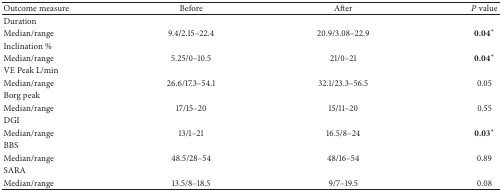
<table><thead><tr><td><b>Outcome measure</b></td><td><b>Before</b></td><td><b>After</b></td><td><b><i>P</i> value</b></td></tr></thead><tbody><tr><td>Duration</td><td> </td><td> </td><td> </td></tr><tr><td>Median/range</td><td>9.4/2.15–22.4</td><td>20.9/3.08–22.9</td><td><b>0.04</b><sup><i>∗</i></sup></td></tr><tr><td>Inclination %</td><td> </td><td> </td><td> </td></tr><tr><td>Median/range</td><td>5.25/0–10.5</td><td>21/0–21</td><td><b>0.04</b><sup><i>∗</i></sup></td></tr><tr><td>VE Peak L/min</td><td> </td><td> </td><td> </td></tr><tr><td>Median/range</td><td>26.6/17.3–54.1</td><td>32.1/23.3–56.5</td><td>0.05</td></tr><tr><td>Borg peak</td><td> </td><td> </td><td> </td></tr><tr><td>Median/range</td><td>17/15–20</td><td>15/11–20</td><td>0.55</td></tr><tr><td>DGI</td><td> </td><td> </td><td> </td></tr><tr><td>Median/range</td><td>13/1–21</td><td>16.5/8–24</td><td><b>0.03</b><sup><i>∗</i></sup></td></tr><tr><td>BBS</td><td> </td><td> </td><td> </td></tr><tr><td>Median/range</td><td>48.5/28–54</td><td>48/16–54</td><td>0.89</td></tr><tr><td>SARA</td><td> </td><td> </td><td> </td></tr><tr><td>Median/range</td><td>13.5/8–18.5</td><td>9/7–19.5</td><td>0.08</td></tr></tbody></table>